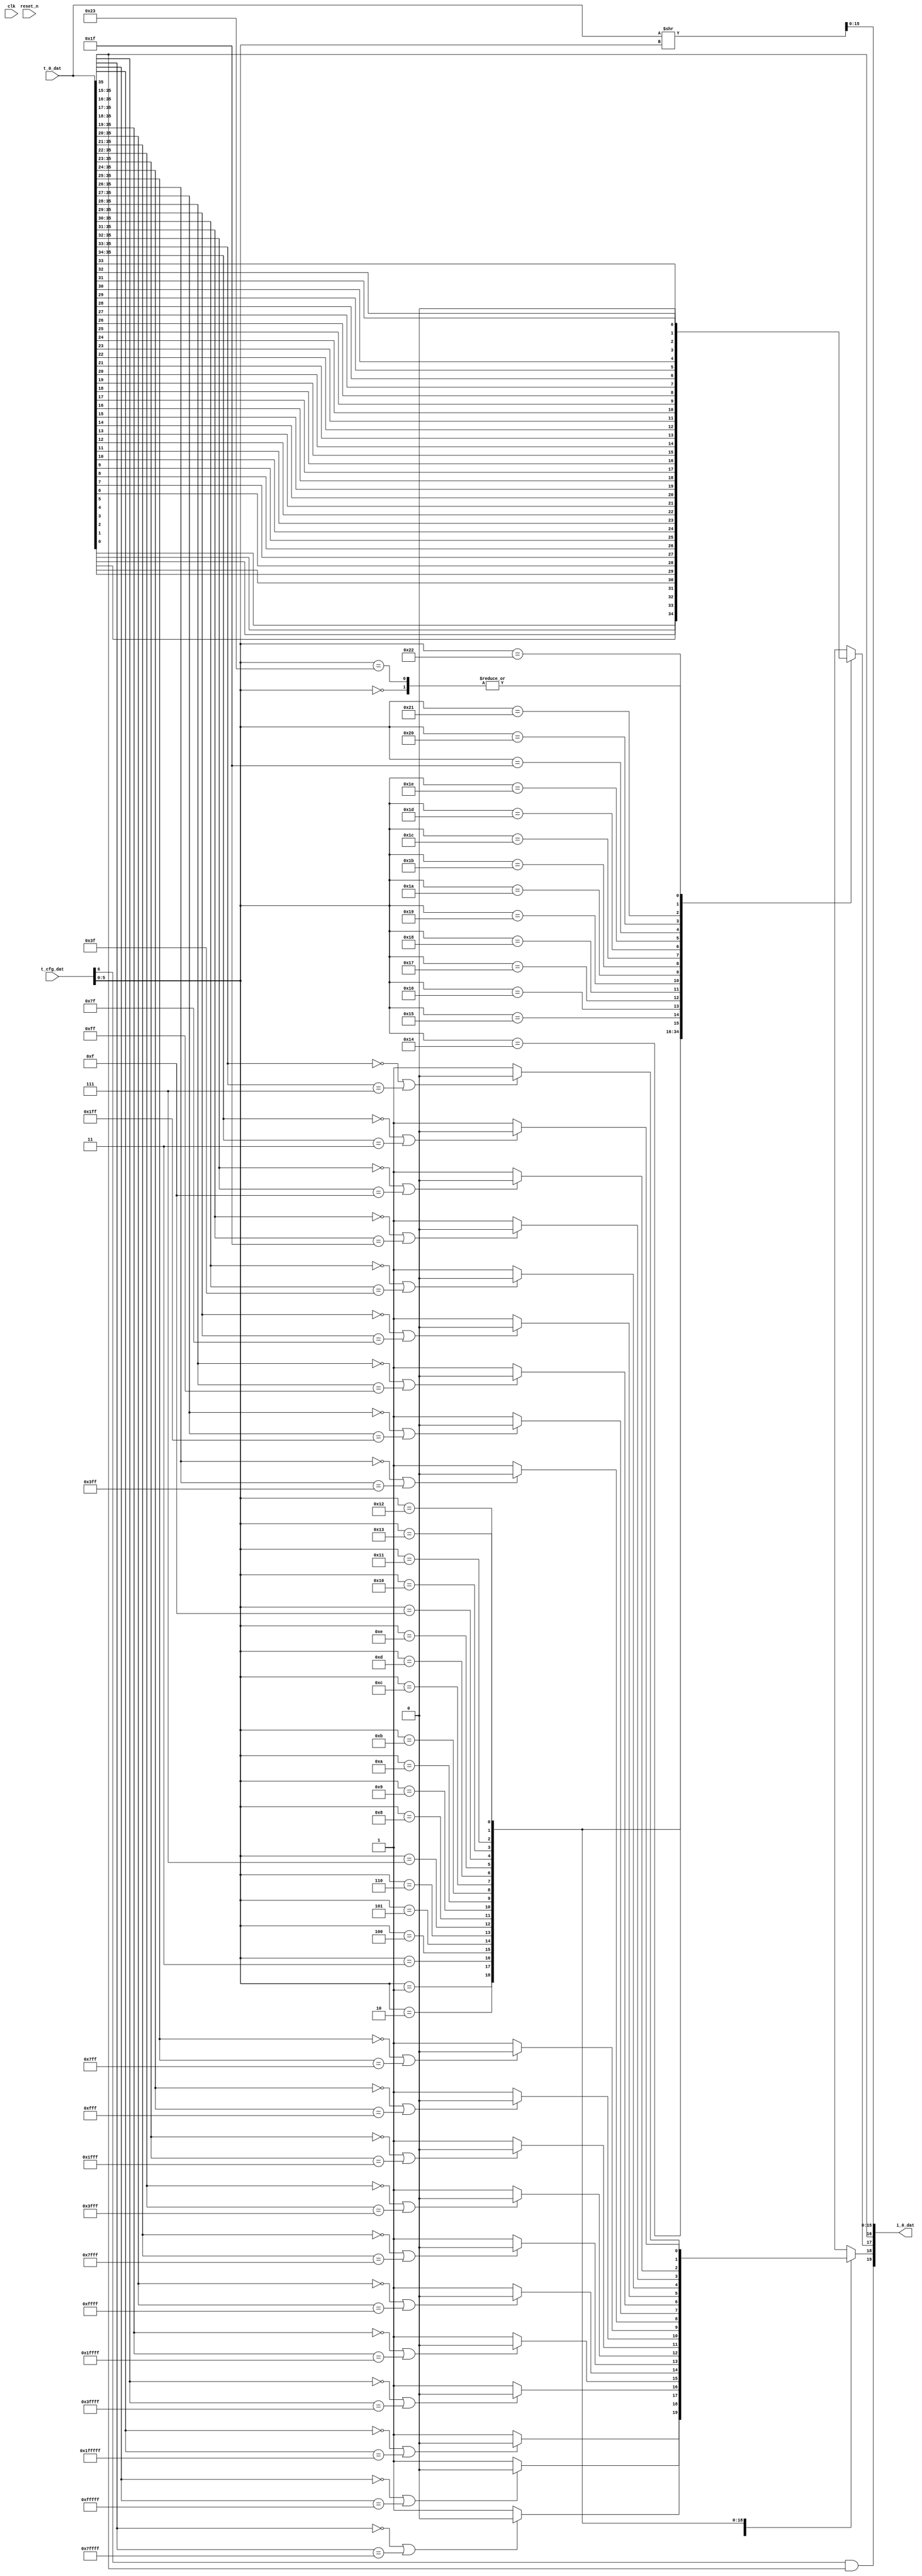

module bs_dat_2_1 #(
    parameter T_0_DAT_WIDTH = 36,
    parameter I_0_DAT_WIDTH = 20
) (
    input        [T_0_DAT_WIDTH - 1 : 0] t_0_dat,
    input         [7:0] t_cfg_dat,
    output wire [I_0_DAT_WIDTH - 1 : 0] i_0_dat,
    input clk, reset_n
);

// Data processing
wire    [15:0] shift_data;   // shifted data
reg           pre_sat;      // preliminary saturation detection
reg           round_flag;   // rounding detection

wire  t_0_dat_sign;
assign t_0_dat_sign = t_0_dat[T_0_DAT_WIDTH-1];

wire  negative_flag; // if the number is negative and the saturation is positive
assign negative_flag = t_cfg_dat[6] & t_0_dat_sign;

assign shift_data = $signed(t_0_dat) >> t_cfg_dat[5:0];

always @*
    casez(t_cfg_dat[5:0])

        0    : pre_sat = ( ((t_0_dat[35:15] == 0) || (t_0_dat[35:15] == {21{1'b1}})) ? 1'b0 : 1'b1 );
        1    : pre_sat = ( ((t_0_dat[35:16] == 0) || (t_0_dat[35:16] == {20{1'b1}})) ? 1'b0 : 1'b1 );
        2    : pre_sat = ( ((t_0_dat[35:17] == 0) || (t_0_dat[35:17] == {19{1'b1}})) ? 1'b0 : 1'b1 );
        3    : pre_sat = ( ((t_0_dat[35:18] == 0) || (t_0_dat[35:18] == {18{1'b1}})) ? 1'b0 : 1'b1 );
        4    : pre_sat = ( ((t_0_dat[35:19] == 0) || (t_0_dat[35:19] == {17{1'b1}})) ? 1'b0 : 1'b1 );
        5    : pre_sat = ( ((t_0_dat[35:20] == 0) || (t_0_dat[35:20] == {16{1'b1}})) ? 1'b0 : 1'b1 );
        6    : pre_sat = ( ((t_0_dat[35:21] == 0) || (t_0_dat[35:21] == {15{1'b1}})) ? 1'b0 : 1'b1 );
        7    : pre_sat = ( ((t_0_dat[35:22] == 0) || (t_0_dat[35:22] == {14{1'b1}})) ? 1'b0 : 1'b1 );
        8    : pre_sat = ( ((t_0_dat[35:23] == 0) || (t_0_dat[35:23] == {13{1'b1}})) ? 1'b0 : 1'b1 );
        9    : pre_sat = ( ((t_0_dat[35:24] == 0) || (t_0_dat[35:24] == {12{1'b1}})) ? 1'b0 : 1'b1 );
        10    : pre_sat = ( ((t_0_dat[35:25] == 0) || (t_0_dat[35:25] == {11{1'b1}})) ? 1'b0 : 1'b1 );
        11    : pre_sat = ( ((t_0_dat[35:26] == 0) || (t_0_dat[35:26] == {10{1'b1}})) ? 1'b0 : 1'b1 );
        12    : pre_sat = ( ((t_0_dat[35:27] == 0) || (t_0_dat[35:27] == {9{1'b1}})) ? 1'b0 : 1'b1 );
        13    : pre_sat = ( ((t_0_dat[35:28] == 0) || (t_0_dat[35:28] == {8{1'b1}})) ? 1'b0 : 1'b1 );
        14    : pre_sat = ( ((t_0_dat[35:29] == 0) || (t_0_dat[35:29] == {7{1'b1}})) ? 1'b0 : 1'b1 );
        15    : pre_sat = ( ((t_0_dat[35:30] == 0) || (t_0_dat[35:30] == {6{1'b1}})) ? 1'b0 : 1'b1 );
        16    : pre_sat = ( ((t_0_dat[35:31] == 0) || (t_0_dat[35:31] == {5{1'b1}})) ? 1'b0 : 1'b1 );
        17    : pre_sat = ( ((t_0_dat[35:32] == 0) || (t_0_dat[35:32] == {4{1'b1}})) ? 1'b0 : 1'b1 );
        18    : pre_sat = ( ((t_0_dat[35:33] == 0) || (t_0_dat[35:33] == {3{1'b1}})) ? 1'b0 : 1'b1 );
        19    : pre_sat = ( ((t_0_dat[35:34] == 0) || (t_0_dat[35:34] == {2{1'b1}})) ? 1'b0 : 1'b1 );
        20-39 : pre_sat = 1'b0; // No saturation is possible becase of most significant part is in use
        default pre_sat = 1'bx; // Incorrect/unsupported control value
    endcase

// Rounding detection
always @*
    casez(t_cfg_dat[5:0])
        0     : round_flag = 1'b0;

        1     : round_flag = t_0_dat[0];
        2     : round_flag = t_0_dat[1];
        3     : round_flag = t_0_dat[2];
        4     : round_flag = t_0_dat[3];
        5     : round_flag = t_0_dat[4];
        6     : round_flag = t_0_dat[5];
        7     : round_flag = t_0_dat[6];
        8     : round_flag = t_0_dat[7];
        9     : round_flag = t_0_dat[8];
        10     : round_flag = t_0_dat[9];
        11     : round_flag = t_0_dat[10];
        12     : round_flag = t_0_dat[11];
        13     : round_flag = t_0_dat[12];
        14     : round_flag = t_0_dat[13];
        15     : round_flag = t_0_dat[14];
        16     : round_flag = t_0_dat[15];
        17     : round_flag = t_0_dat[16];
        18     : round_flag = t_0_dat[17];
        19     : round_flag = t_0_dat[18];
        20     : round_flag = t_0_dat[19];
        21     : round_flag = t_0_dat[20];
        22     : round_flag = t_0_dat[21];
        23     : round_flag = t_0_dat[22];
        24     : round_flag = t_0_dat[23];
        25     : round_flag = t_0_dat[24];
        26     : round_flag = t_0_dat[25];
        27     : round_flag = t_0_dat[26];
        28     : round_flag = t_0_dat[27];
        29     : round_flag = t_0_dat[28];
        30     : round_flag = t_0_dat[29];
        31     : round_flag = t_0_dat[30];
        32     : round_flag = t_0_dat[31];
        33     : round_flag = t_0_dat[32];
        34     : round_flag = t_0_dat[33];
        35    : round_flag = 1'b0;
        default round_flag = 1'bx; // Incorrect/unsupported control value
    endcase

   assign i_0_dat = {negative_flag,pre_sat,round_flag,t_0_dat_sign,shift_data};
   
   
endmodule